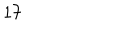
1 7